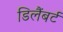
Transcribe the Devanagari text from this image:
डिलैंबर्ट